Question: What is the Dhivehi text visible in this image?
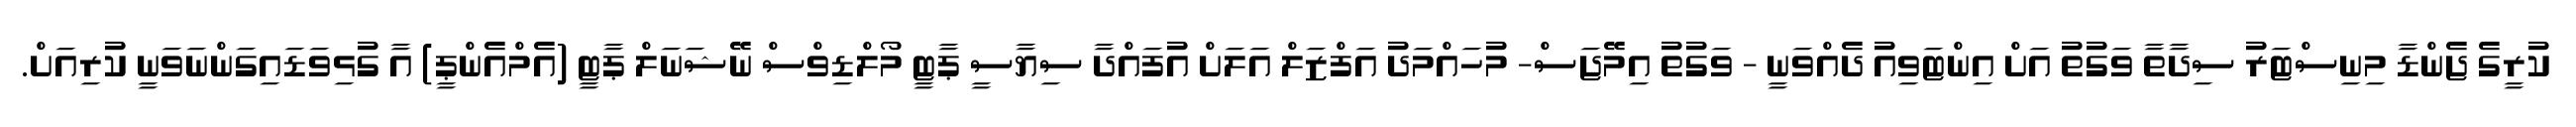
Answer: ކުރީގެ ޖެންޑާ މިނިސްޓަރު ސިދާތާ ވަގުތު އަށް އިންޓަވިއު ދެއްވަނީ - ވަގުތު އިމޭޖަސް- މުހައްމަދު އަފްޒަލް އަލަށް އުފައްދާ ސިޔާސީ ޕާޓީ މޯލްޑިވްސް ނޭޝަނަލް ޕާޓީ (އެމްއެންޕީ) އާ ގުޅިވަޑައިގަންނަވަނީ ކުރިއަށް.